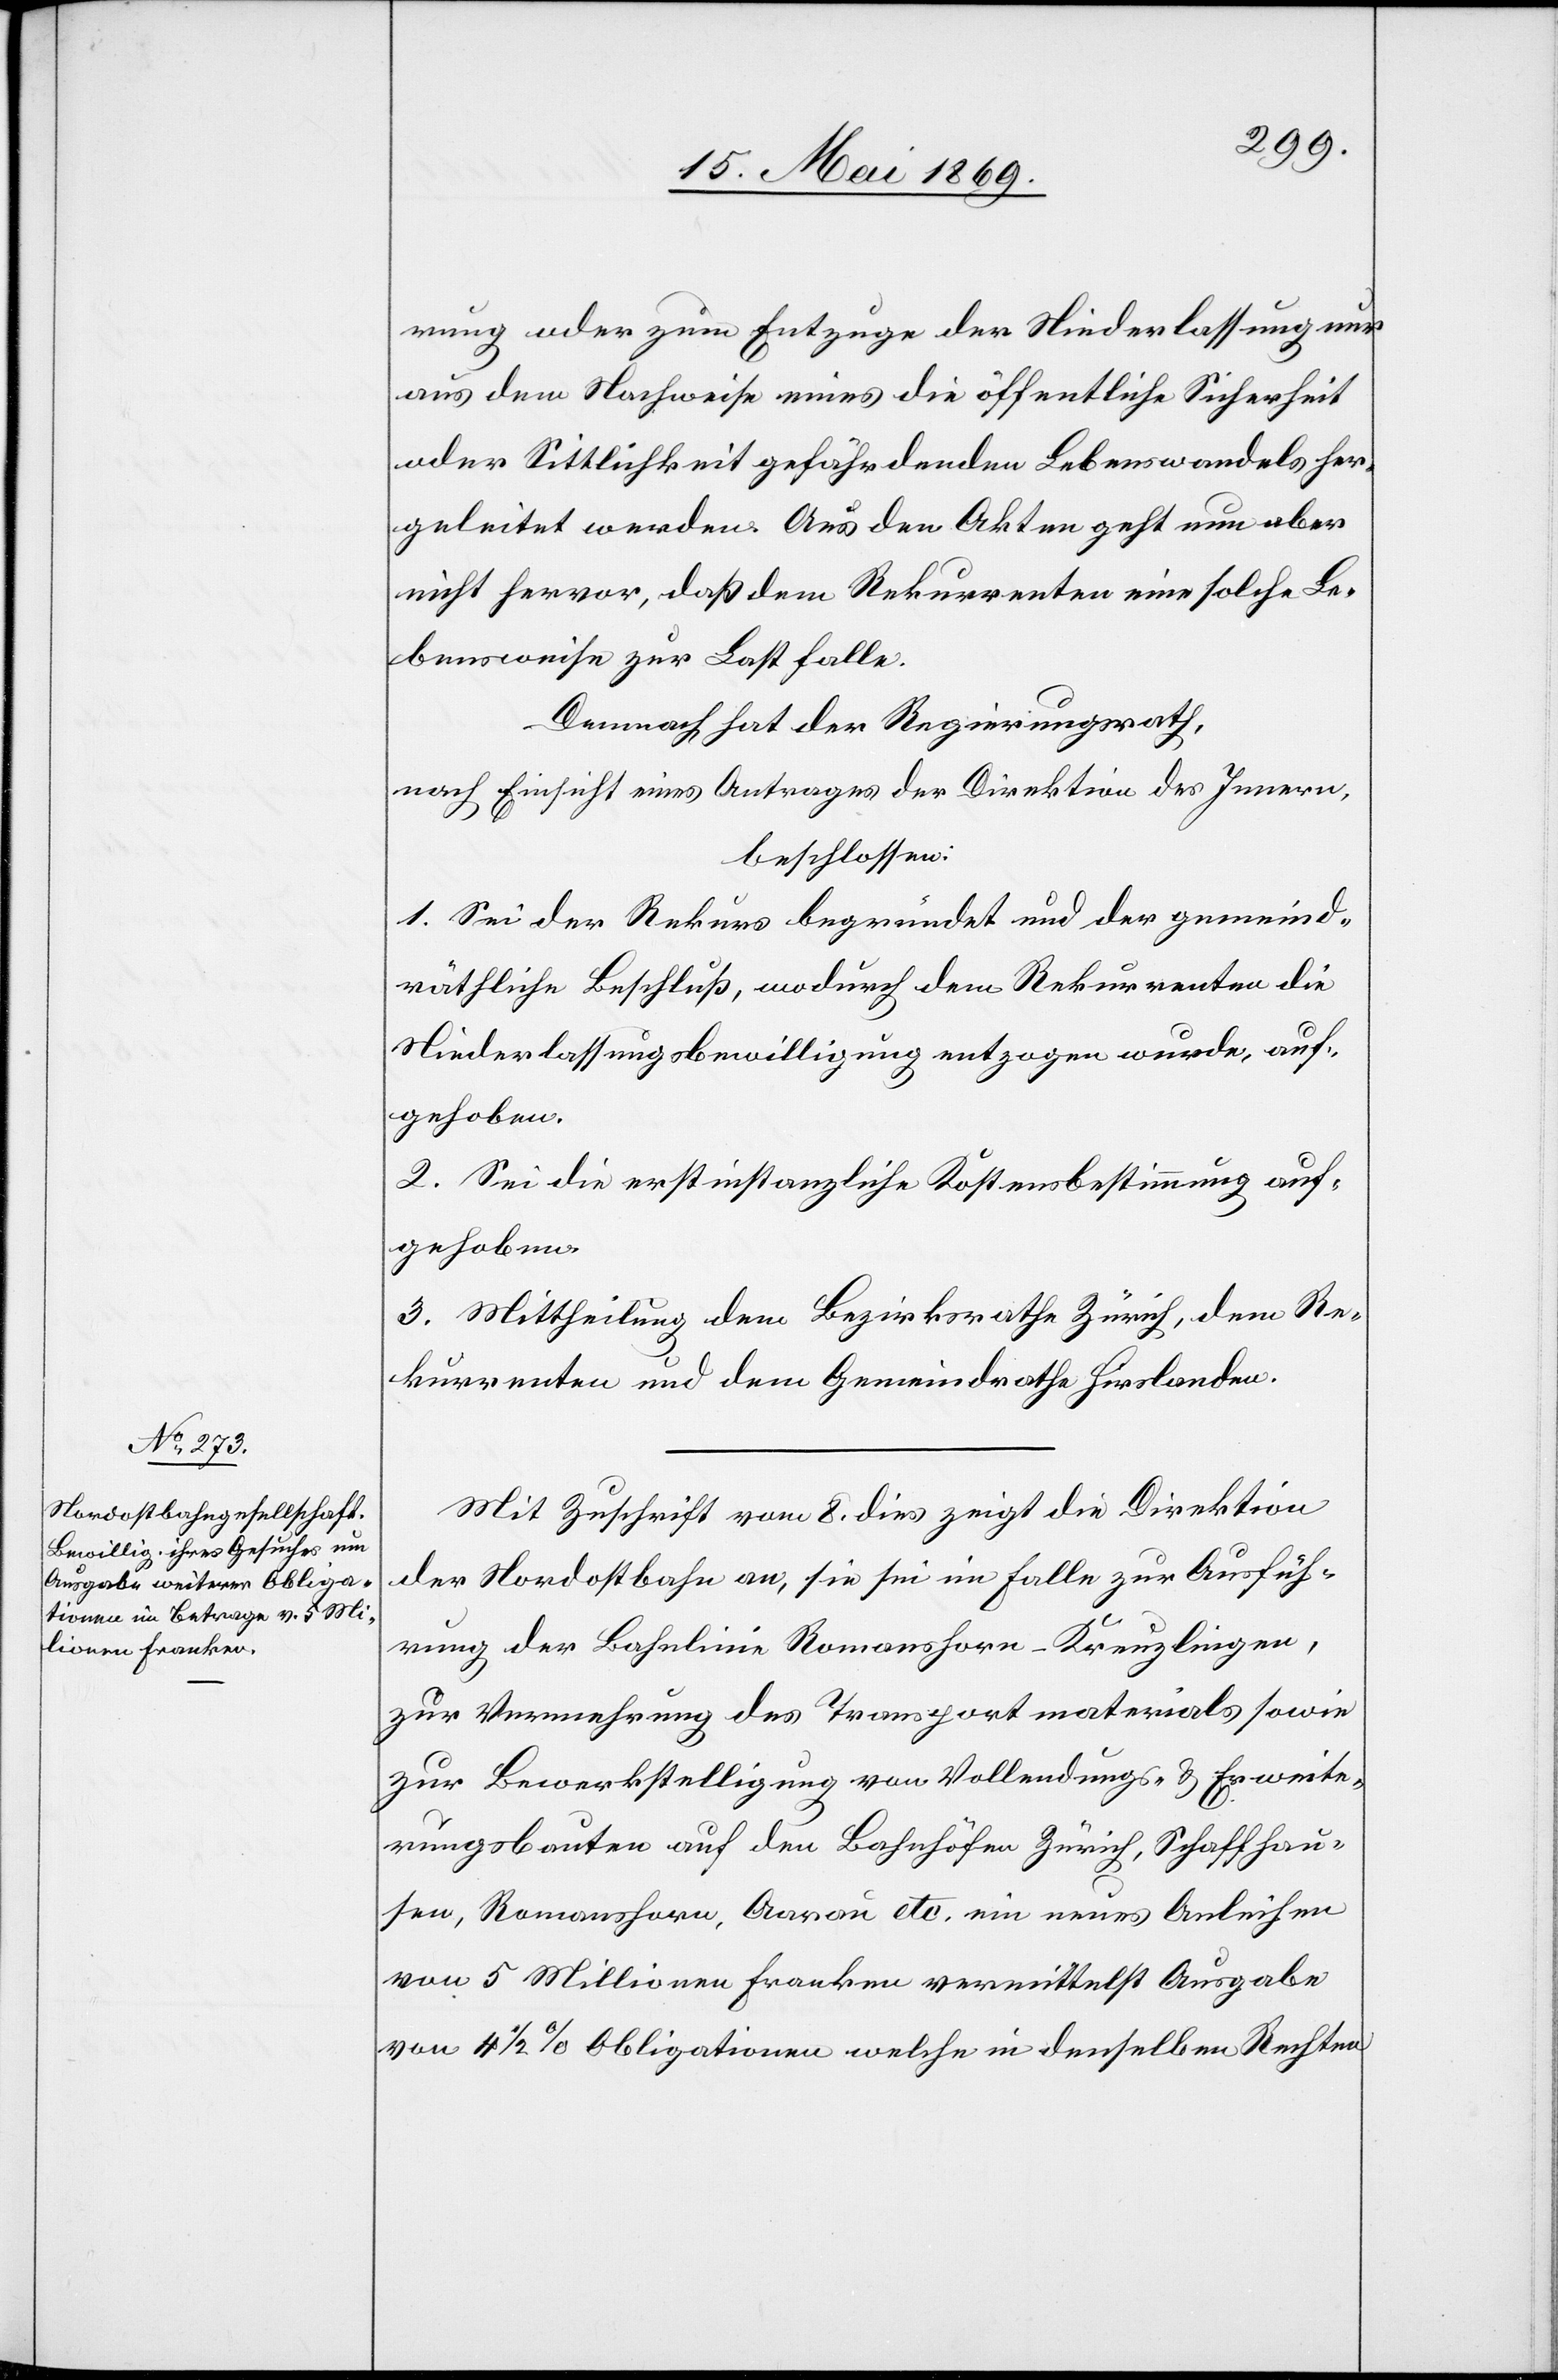
rung oder zum Entzuge der Niederlassung nur
aus dem Nachweise eines die öffentliche Sicherheit
oder Sittlichkeit gefährdenden Lebenswandels her¬
geleitet werden. Aus den Akten geht nun aber
nicht hervor, daß dem Rekurrenten eine solche Le¬
bensweise zur Last falle.
Demnach hat der Regierungsrath,
nach Einsicht eines Antrages der Direktion des Innern,
beschlossen:
1. Sei der Rekurs begründet und der gemeind¬
räthliche Beschluß, wodurch dem Rekurrenten die
Niederlaßungsbewilligung entzogen wurde, auf¬
gehoben.
2. Sei die erstinstanzliche Kostenbestimmung auf¬
3. Mittheilung dem Bezirksrathe Zürich, dem Re¬
kurrenten und dem Gemeindrathe Hirslanden.
Mit Zuschrift vom 8. dies zeigt die Direktion
der Nordostbahn an, sie sei im Falle zur Ausfüh¬
rung der Bahnlinie Romanshorn-Kreuzlingen,
zur Vermehrung des Transportmaterials sowie
zur Bewerkstelligung von Vollendungs- u. Erweite¬
rungsbauten auf den Bahnhöfen Zürich, Schaffhau¬
sen, Romanshorn, Aarau etc. ein neues Anleihen
von 5 Millionen Franken vermittelst Ausgabe
von 4 1/2% Obligationen welche in denselben Rechten